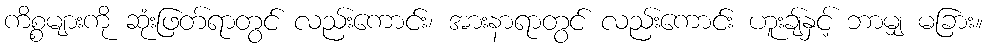
ကိစ္စများကို ဆုံးဖြတ်ရာတွင် လည်းကောင်း၊ အားနာရာတွင် လည်းကောင်း ဟူးချ်နှင့် ဘာမျှ မခြား။